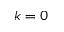
k = 0